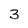
Character: 3